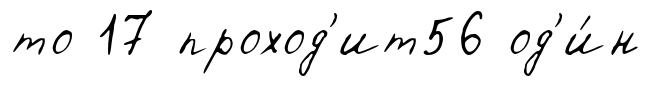
то 17 проход'ит56 од'и́н